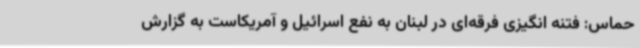
حماس: فتنه انگیزی فرقه‌ای در لبنان به نفع اسرائیل و آمریکاست به گزارش